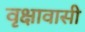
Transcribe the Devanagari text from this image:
वृक्षावासी